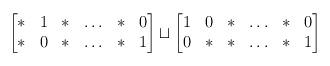
LaTeX: \begin{align*}\begin{bmatrix} \ast & 1 & \ast & \hdots & \ast & 0 \\ \ast & 0 & \ast & \hdots & \ast & 1 \end{bmatrix} \sqcup\begin{bmatrix} 1 & 0 & \ast & \hdots & \ast & 0 \\ 0 & \ast & \ast & \hdots & \ast & 1 \end{bmatrix} \end{align*}